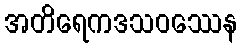
အတိရေကဒသဝဿေန